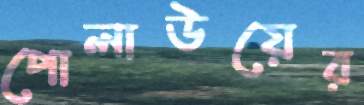
পোলাউয়ের